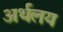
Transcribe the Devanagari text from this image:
अर्थलय